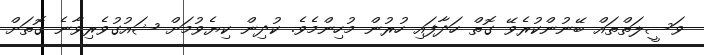
ވަސީލަތްތައް ބޭނުންކުރެވޭ ގޮތް ހަދާފައި ހުރުން މުހިންމެވެ. ކުދިން ކިޔެވުމަށް ޝައުގުވެރިވާނެ ގޮތަށް